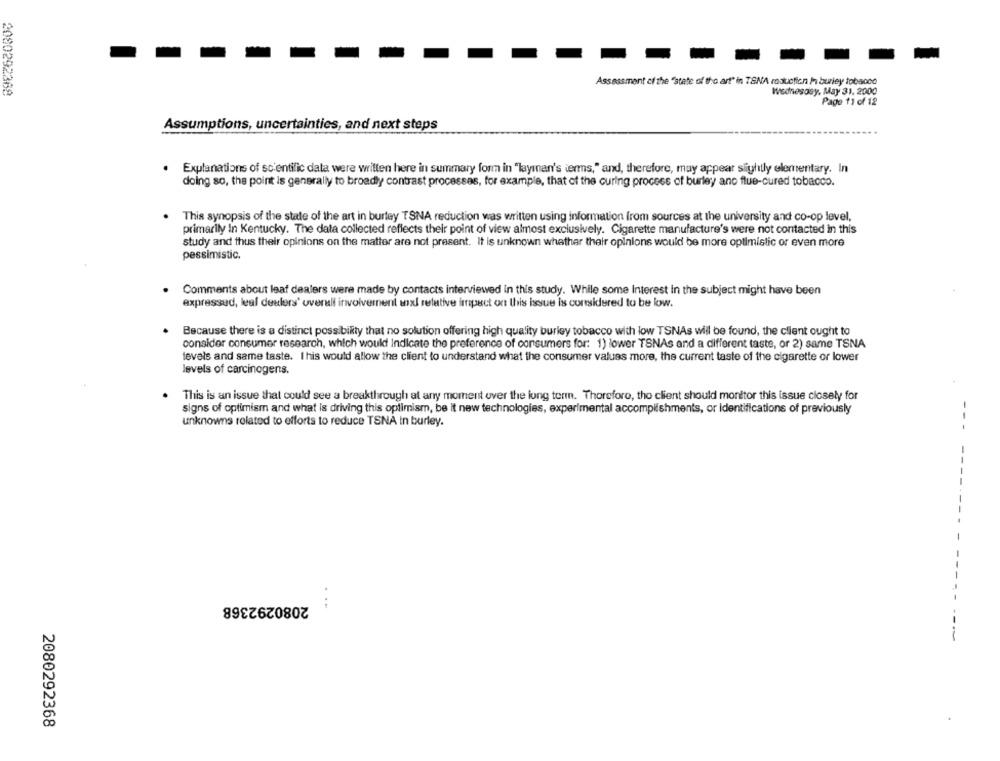
Assessment of the "state of the art" in TENA roduction / burley tobacco
2080292369
Wodnesosy, May 31, 2000
Page 11 of 12
Assumptions, uncertainties, and next steps
Explanations of scientific data were written here in summary form in "layınan's terms," and, therefore, may appear slightly elementary. In
doing so, the point is generally to broadly contrast processas, for example, that of the curing process of burley ano flue-cured tobacco.
This synopsis of the state of the art in burtey TSNA reduction was written using information from sources at the university and co-op level,
primarily In Kentucky. The data collected reflects their point of view almost exclusively. Cigarette manufacture's were not contacted in this
study and thus their opinions on the matter are not present. It is unknown whathar their opinions would be more optimistic or even more
pessimistic.
Comments about leaf dealers were made by contacts interviewed in this study. While some Interest in the subject might have been
expressud, leal dealers' overall involvement wxl relative impact on this issue is considered to be low.
Because there is a distinct possibility that no solution offering high quality burley tobacco with low TSNAs will be found, the client ought to
consider consumer research, which would Indicate the preference of consumers for: 1) lower TSNAs and a different taste, or 2) same TSNA
levels and same taste. I his would allow the client to understand what the consumer values more, the current taste of the cigarette or lower
levels of carcinogens.
This is an issue that could see a breakthrough at any moment over the long term. Thorefore, the client should monitor this issue closely for
signs of optimism and what is driving this optimism, be it new technologies, experimental accomplishments, or Identifications of previously
-
unknowns related to efforts to reduce TSNA in burley.
2080292368
...
2080292368